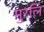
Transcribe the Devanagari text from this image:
मुरलि